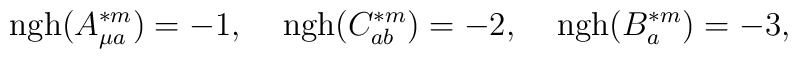
{\rm ngh}(A^{\ast m}_{\mu a})=-1,\;\;\;\;{\rm ngh}(C^{\ast m}_{ab})=-2, \;\;\;\;{\rm ngh}(B^{\ast m}_a)=-3,